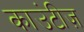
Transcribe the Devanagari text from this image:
काउंटीज़